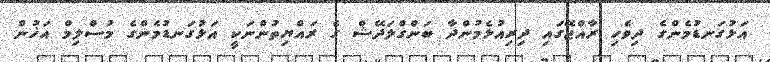
އަޅުގަނޑުމެންގެ ދިވެހި ރާއްޖޭގައި ދިރިއުޅެމުންދާ ބަންގްލަދޭޝް ގެ ރައްޔިތުންނަކީ އަޅުގަނޑުމެންގެ މުސްލިމް އަޚުން